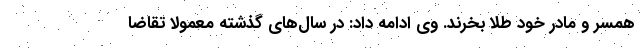
همسر و مادر خود طلا بخرند. وی ادامه داد: در سال‌های گذشته معمولا تقاضا